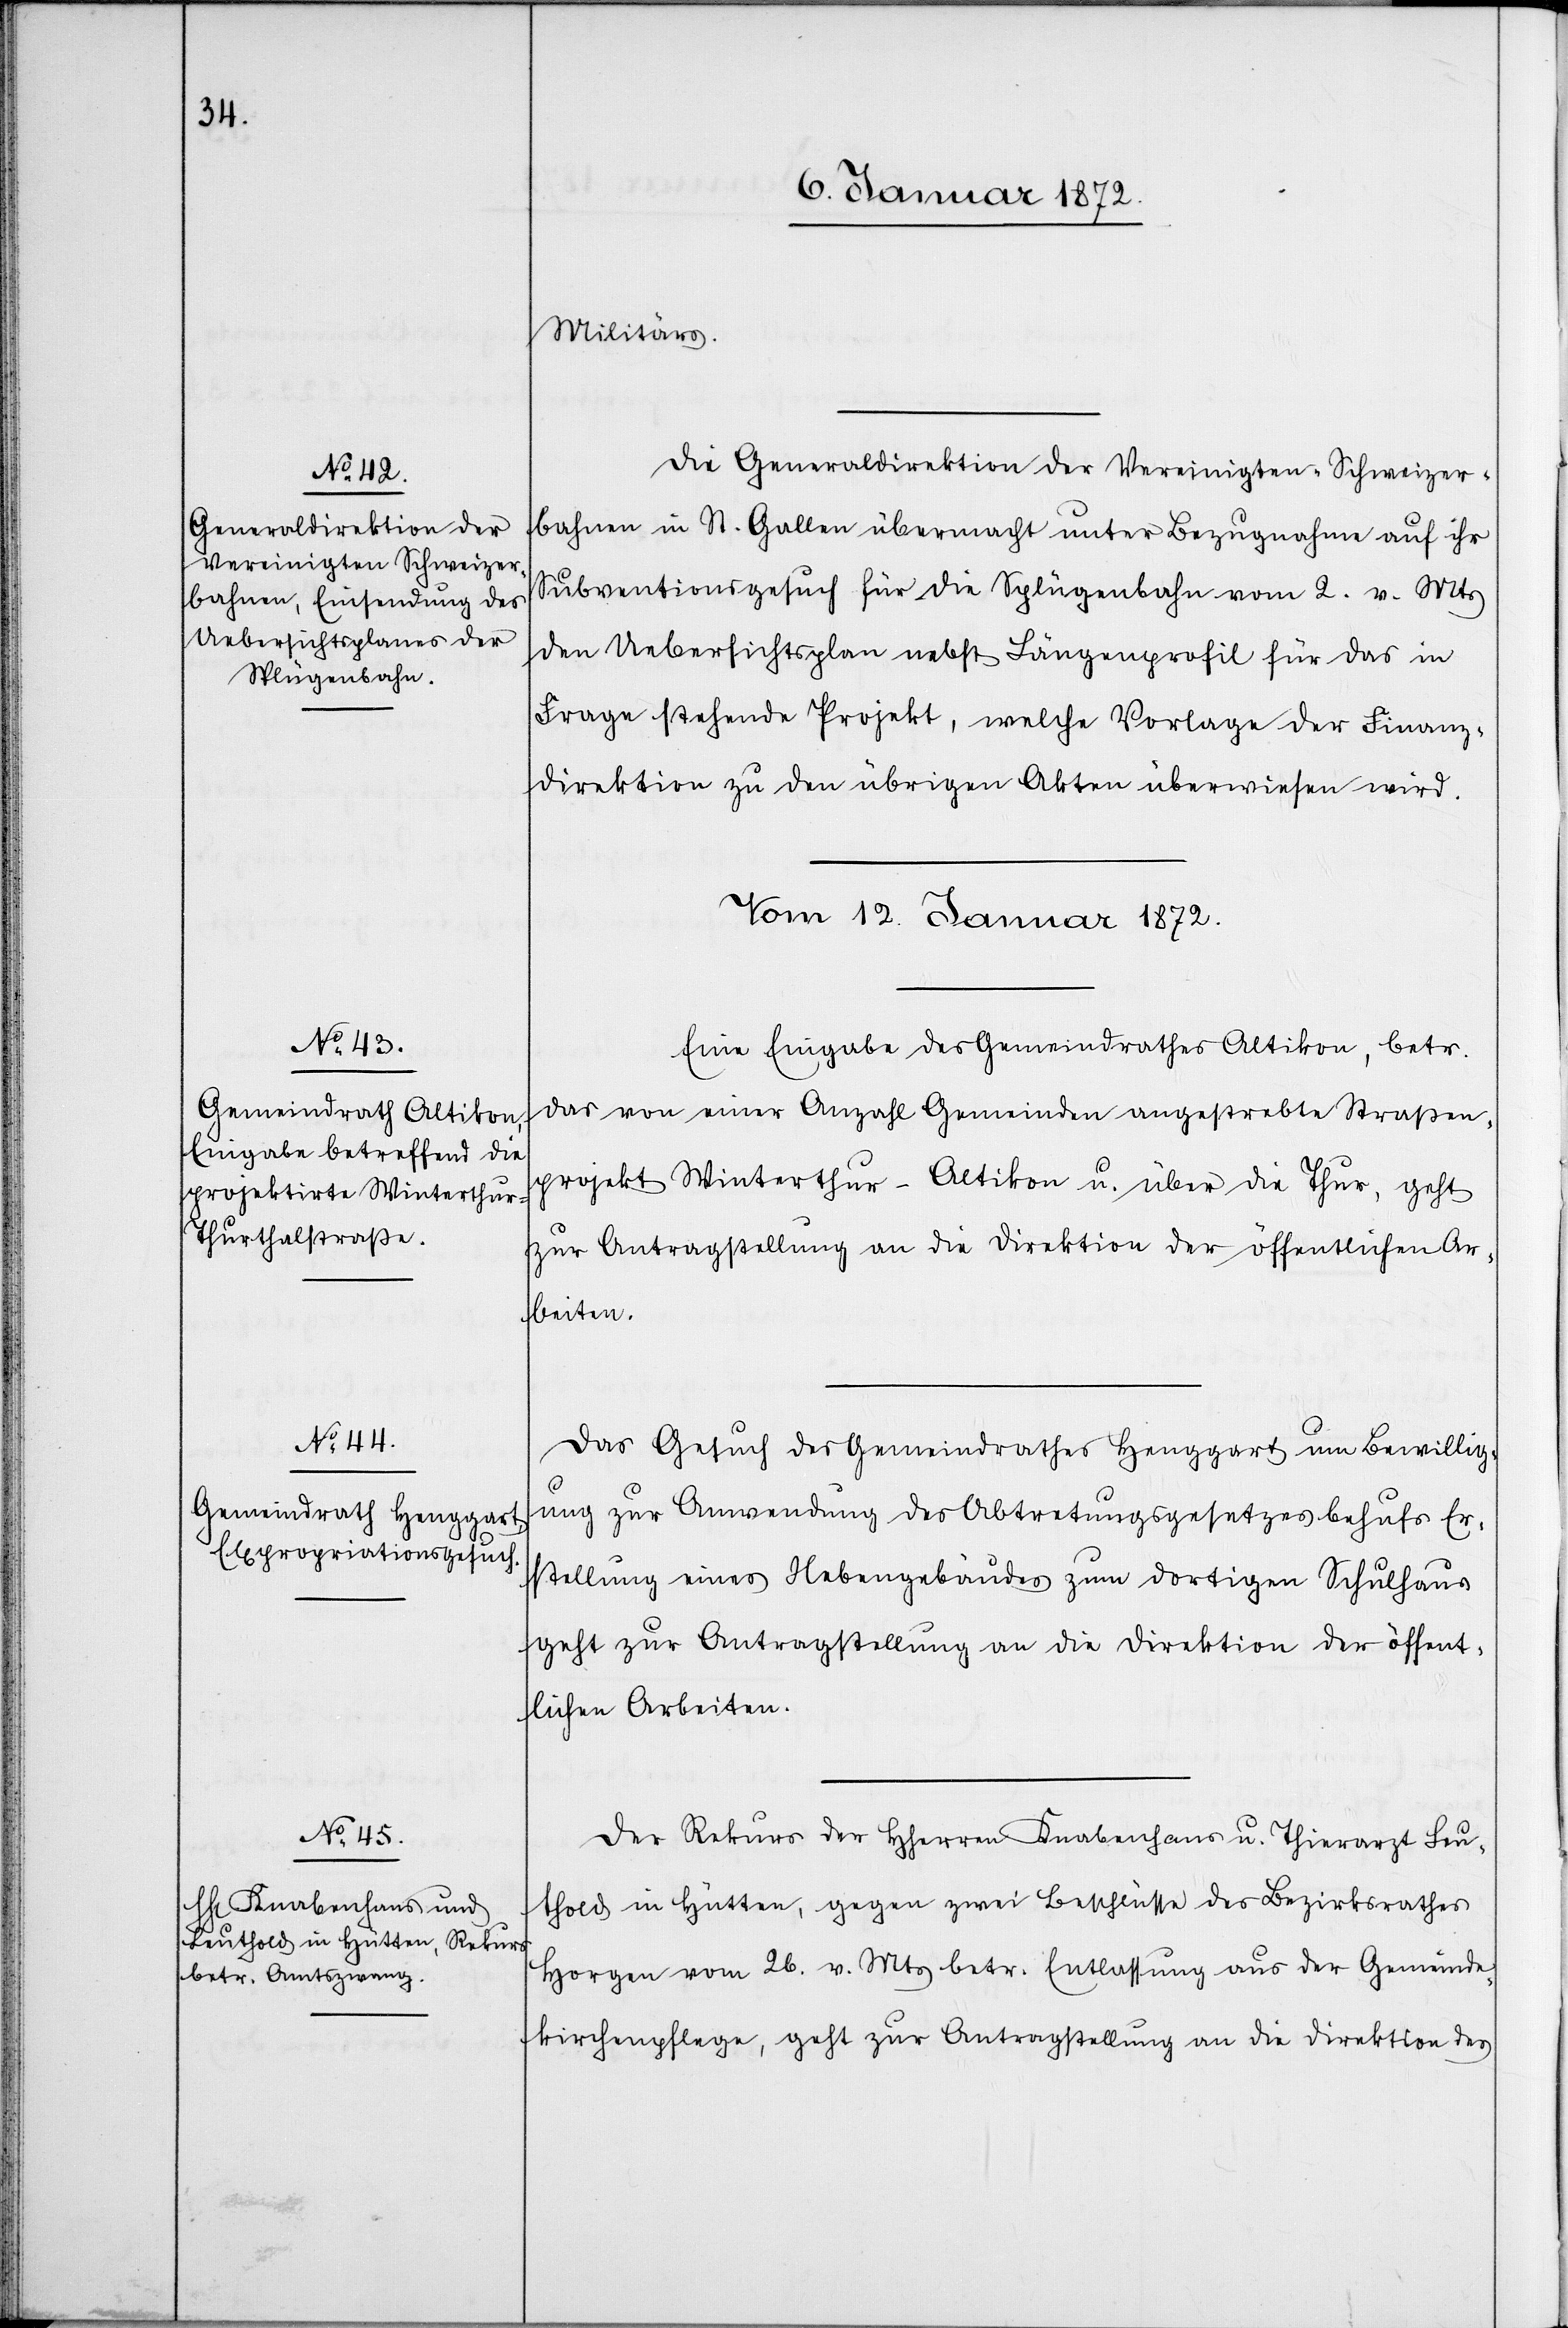
Militärs.
Die Generaldirektion der Vereinigten-Schweizer¬
bahnen in St. Gallen übermacht unter Bezugnahme auf ihr
Subventionsgesuch für die Splügenbahn vom 2. v. Mts
den Uebersichtsplan nebst Längenprofil für das in
Frage stehende Projekt, welche Vorlage der Finanz¬
direktion zu den übrigen Akten überwiesen wird.
Vom 12. Januar 1872.]
Eine Eingabe des Gemeindrathes Altikon, betr.
das von einer Anzahl Gemeinden angestrebte Straßen¬
projekt Winterthur–Altikon u. über die Thur, geht
zur Antragstellung an die Direktion der öffentlichen Ar¬
beiten.
Das Gesuch des Gemeindrathes Henggart um Bewillig¬
ung zur Anwendung des Abtretungsgesetzes behufs Er¬
stellung eines Nebengebäudes zum dortigen Schulhaus
geht zur Antragstellung an die Direktion der öffent¬
lichen Arbeiten.
Der Rekurs der HHerren Knabenhans u. Thierarzt Leu¬
thold in Hütten, gegen zwei Beschlüsse des Bezirksrathes
Horgen vom 26. v. Mts betr. Entlassung aus der Gemeinde¬
kirchenpflege, geht zur Antragsstellung an die Direktion des